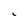
Character: i